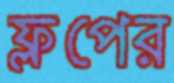
ফ্লপের